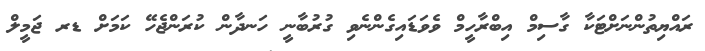
ރައްޔިތުންނަށްޓަކާ ގާސިމް އިބްރާހީމް ވެވަޑައިގެންނެވި ގުރުބާނީ ހަނދާން ކުރަންޖެހޭ ކަމަށް ޑރ ޖަމީލް